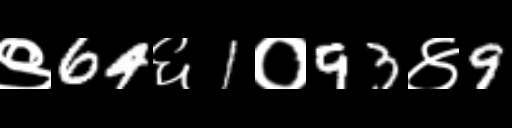
Text: ९64६1०93४9